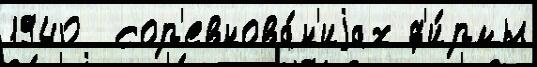
1940  сор'евнова́н'иjах ф'и́рмы